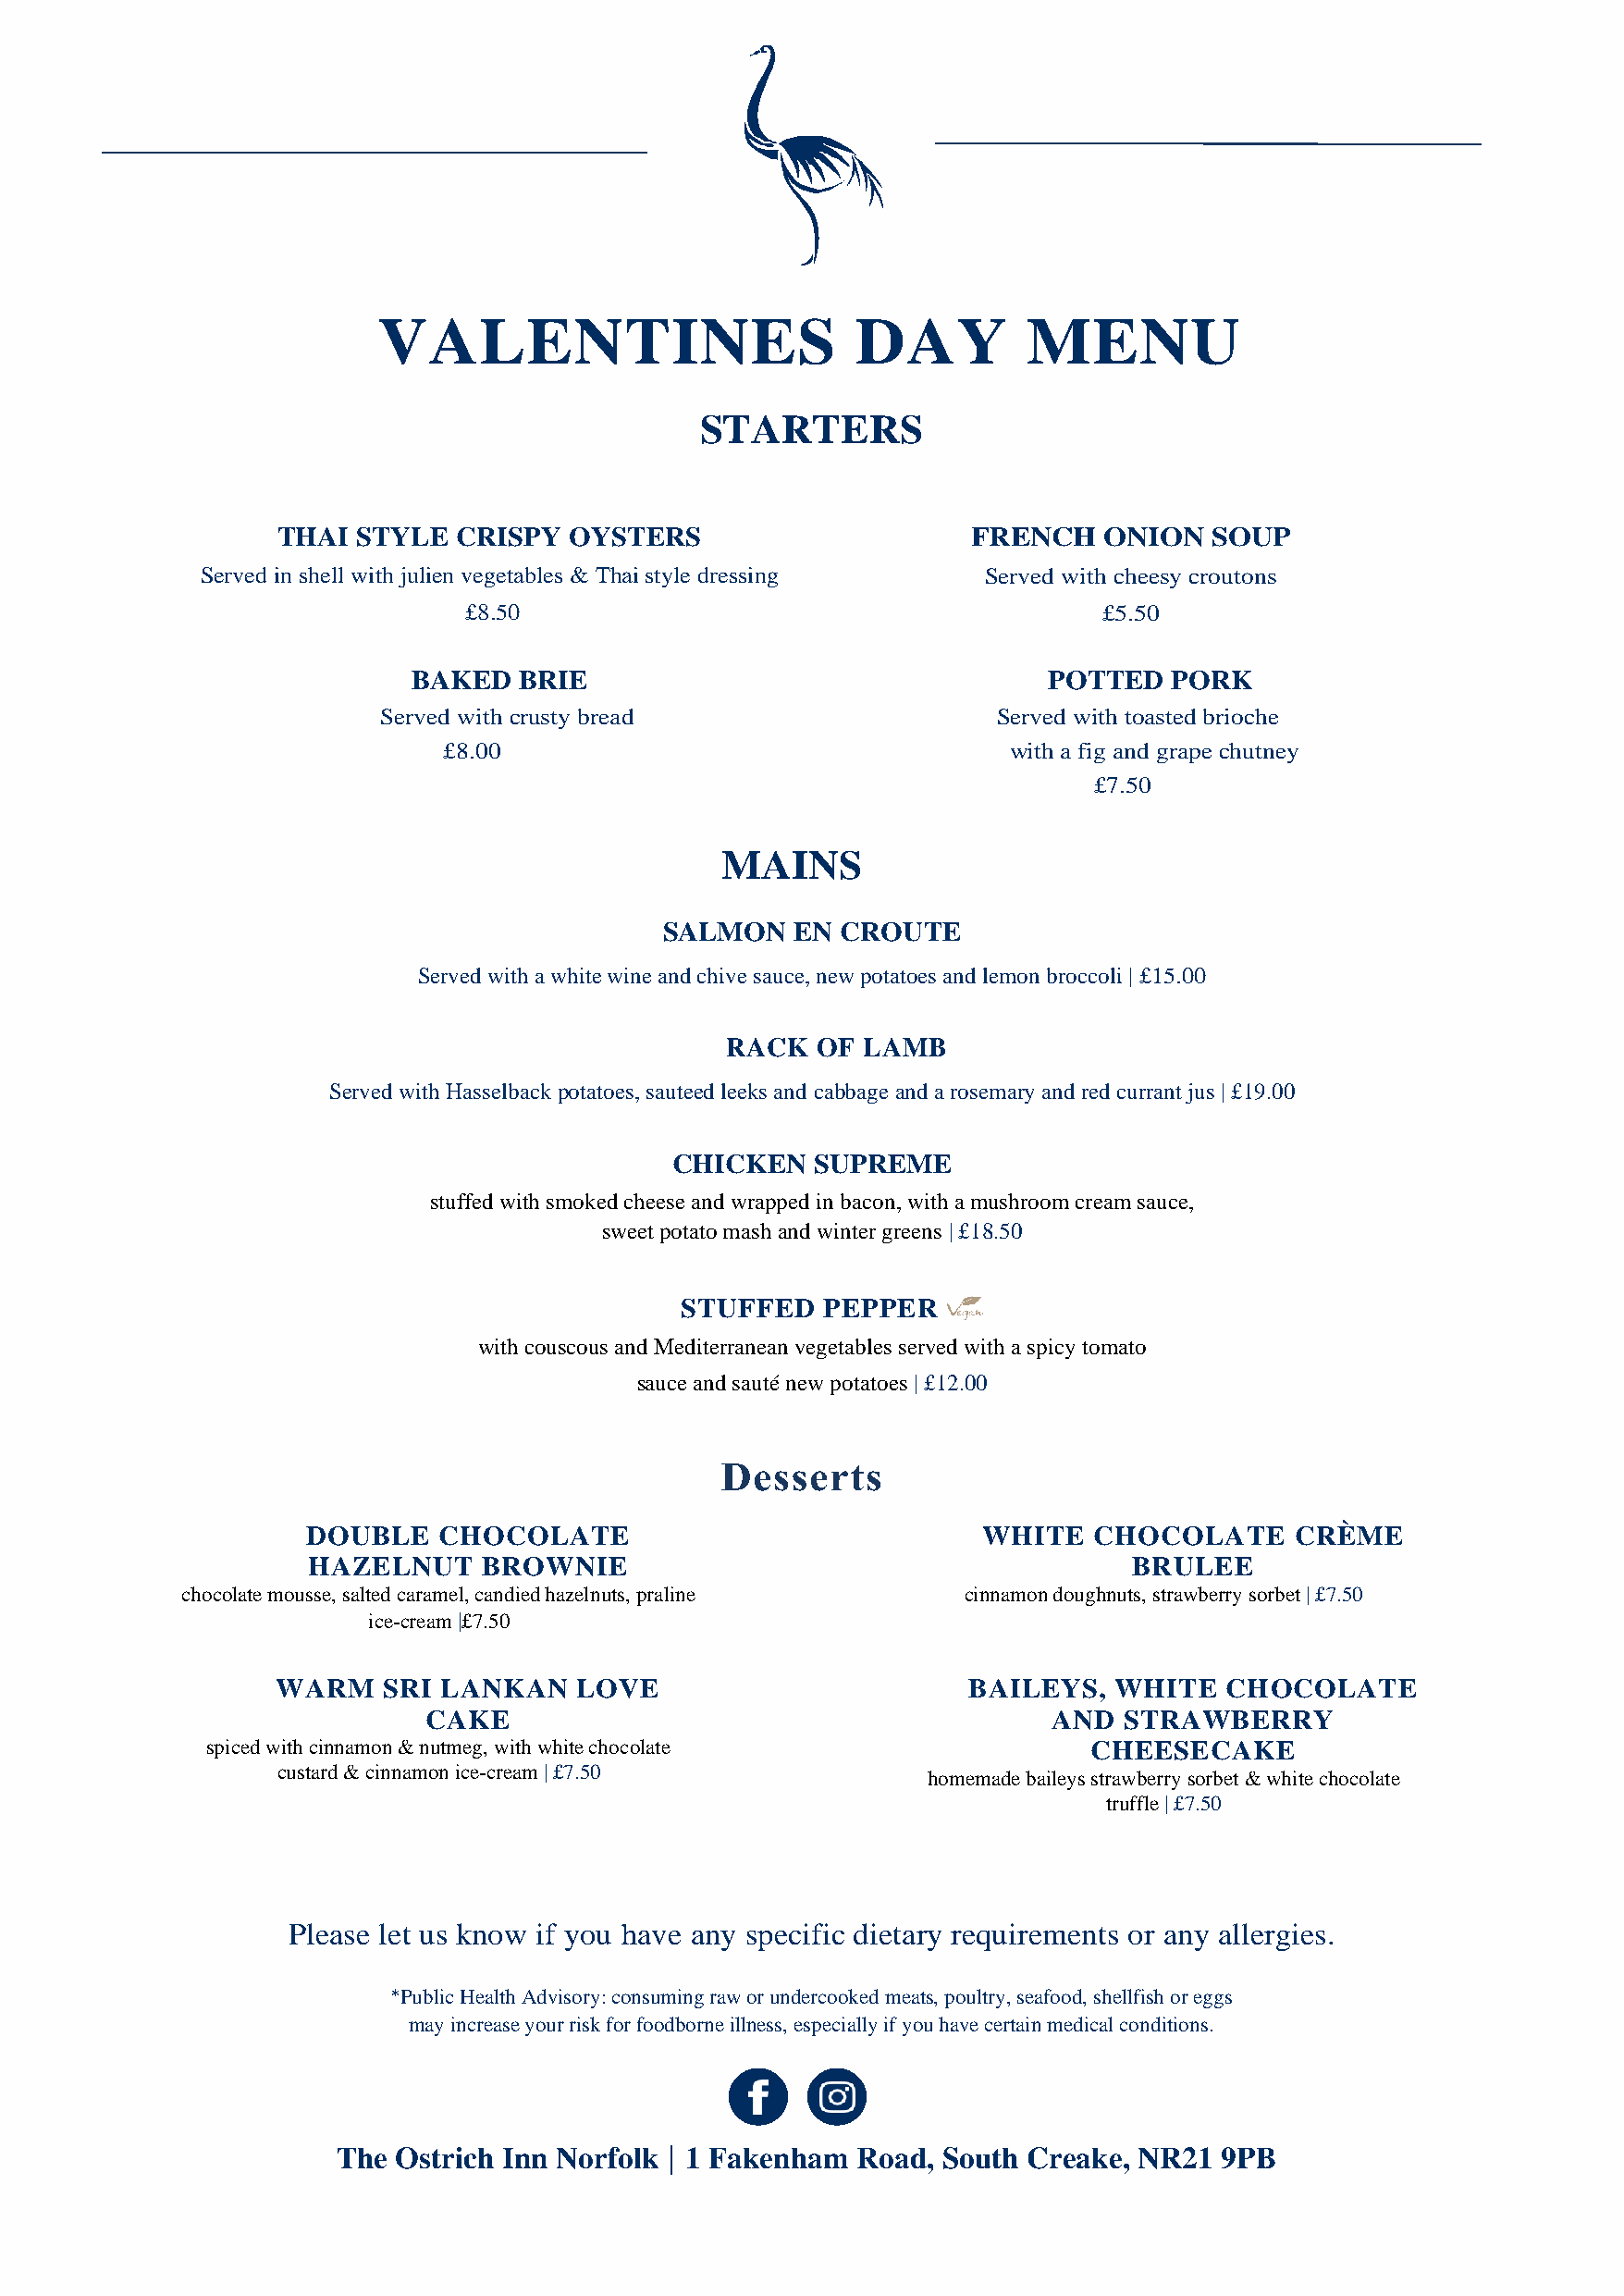
VALENTINES                        DAY         MENU
 STARTERS
 THAI  STYLE  CRISPY  OYSTERS                     FRENCH    ONION   SOUP
 Served in shell with julien vegetables & Thai style dressing Served with cheesy croutons
 £8.50                                         £5.50
 BAKED   BRIE                                  POTTED   PORK
 Served with crusty bread                    Served with toasted brioche
 £8.00                                   with a fig and grape chutney
 £7.50
 MAINS
 SALMON    EN CROUTE
 Served with a white wine and chive sauce, new potatoes and lemon broccoli | £15.00
 RACK  OF  LAMB
 Served with Hasselback potatoes, sauteed leeks and cabbage and a rosemary and red currant jus | £19.00
 CHICKEN   SUPREME
 stuffed with smoked cheese and wrapped in bacon, with a mushroom cream sauce,
 sweet potato mash and winter greens | £18.50
 STUFFED   PEPPER
 with couscous and Mediterranean vegetables served with a spicy tomato
 sauce and sauté new potatoes | £12.00
 DOUBLE   CHOCOLATE                              WHITE   CHOCOLATE      CRÈME
 HAZELNUT    BROWNIE                                        BRULEE
 chocolate mousse, salted caramel, candied hazelnuts, praline cinnamon doughnuts, strawberry sorbet | £7.50
 ice-cream |£7.50
 WARM   SRI  LANKAN   LOVE                        BAILEYS,   WHITE   CHOCOLATE
 CAKE                                         AND  STRAWBERRY
 spiced with cinnamon & nutmeg, with white chocolate            CHEESECAKE
 custard & cinnamon ice-cream | £7.50
 homemade baileys strawberry sorbet & white chocolate
 truffle | £7.50
 Please let us know if you have any specific dietary requirements or any allergies.
 *Public Health Advisory: consuming raw or undercooked meats, poultry, seafood, shellfish or eggs
 may increase your risk for foodborne illness, especially if you have certain medical conditions.
 The Ostrich Inn Norfolk | 1 Fakenham Road, South  Creake, NR21 9PB